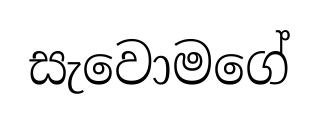
සැවොමගේ